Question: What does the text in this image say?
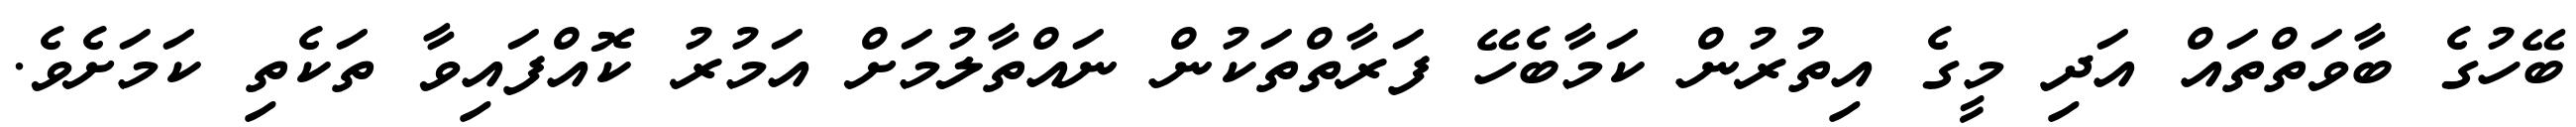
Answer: ބޭހުގެ ބާވަތްތައް އަދި މީގެ އިތުރުން ކަމާބެހޭ ފަރާތްތަކުން ނައްތާލުމަށް އަމުރު ކޮއްފައިވާ ތަކެތި ކަމަށެވެ.